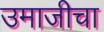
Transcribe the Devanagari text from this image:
उमाजीचा